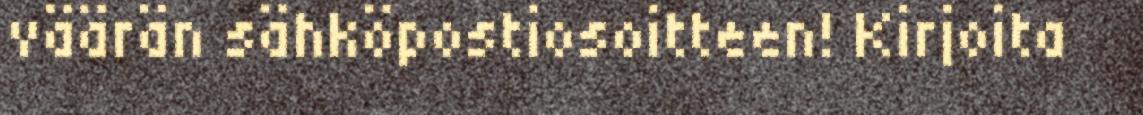
väärän sähköpostiosoitteen! Kirjoita